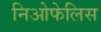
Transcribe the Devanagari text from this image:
निओफेलिस